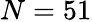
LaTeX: N=51